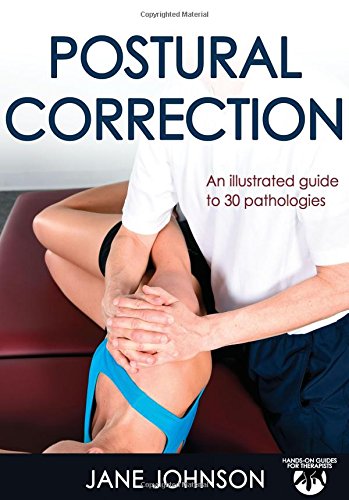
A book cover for Postural Correction; Jane Johnson; Health, Fitness & Dieting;